Vaccination Hyderabad 1872-1889 - 1872-1889
Year: 1872
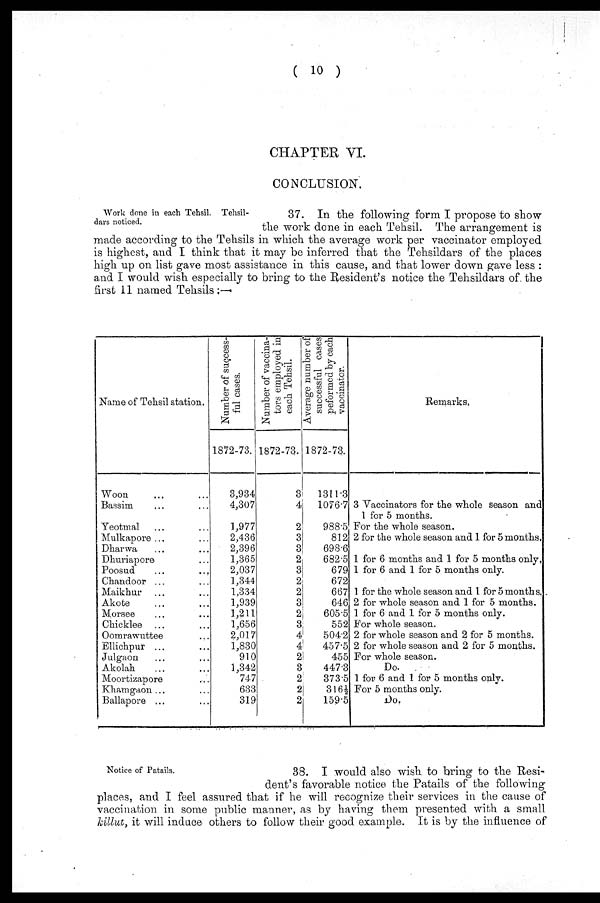
( 10 )
CHAPTER VI.
CONCLUSION.
Work done in each Tehsil. Tehsil-
dars noticed.
37. In the following form I propose to show
the work done in each Tehsil. The arrangement is
made according to the Tehsils in which the average work per vaccinator employed
is highest, and I think that it may be inferred that the Tehsildars of the places
high up on list gave most assistance in this cause, and that lower down gave less :
and I would wish especially to bring to the Resident's notice the Tehsildars of. the
first 11 named Tehsils;—
Name of Tehsil station.
Woon
... ...
Bassim ... ...
Yeotmal ... ...
Mulkapore ... ...
Dharwa
...
...
Dhuriapore ... ...
Poosud
...
...
Chandoor
...
Maikhur ... ...
Akote
...
...
Morsee ... ...
Chicklee ... ...
Oomrawuttee ... ...
Ellichpur ... ...
Julgaon ... ...
Akolah ... ...
Moortizapore ... ...
Khamgaon... ...
Ballapore ... ...
Number of success-
ful cases.
1872-73.
3,934
4,307
1,977
2,436
2,396
1,365
2,037
1,344
1,334
1,939
1,211
1,656
2,017
1,830
910
1,342
747
633
319
Number of vaccina-
tors employed in
each Tehsil.
1872-73.
3
4
2
3
3
2
3
2
2
3
2
3
4
4
2
3
2
2
2
Average number of
successful cases
peformed by each
vaccinator.
1872-73.
1311.3
1076.7
988.5
812
698.6
682.5
679
672
667
646
605.5
552
504.2
457.5
455
447.3
373.5
316½
159.5
Remarks.
3 Vaccinators for the whole season and
1 for 5 months.
For the whole season.
2 for the whole season and 1 for 5 months.
1 for 6 months and 1 for 5 months only.
1 for 6 and 1 for 5 months only.
1 for the whole season and 1 for 5 months.
2 for whole season and 1 for 5 months.
1 for 6 and 1 for 5 months only.
For whole season.
2 for whole season and 2 for 5 months.
2 for whole season and 2 for 5 months.
For whole season.
Do.
1 for 6 and 1 for 5 months only.
For 5 months only.
Do.
Notice of Patails.
38. I would also wish to bring to the Resi-
dent's favorable notice the Patails of the following
places, and I feel assured that if he will recognize their services in the cause of
vaccination in some public manner, as by having them presented with a small
killut, it will induce others to follow their good example. It is by the influence of